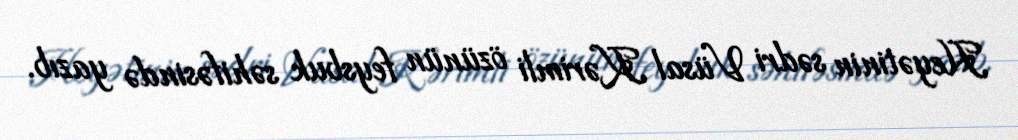
Heyətinin sədri Vüsal Kərimli özünün feysbuk səhifəsində yazıb.